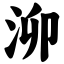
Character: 泖